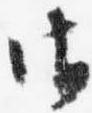
御